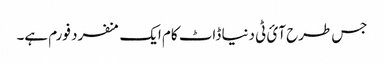
جس طرح آئ ٹی دنیا ڈاٹ کام ایک منفرد فورم ہے۔